Indian journal of veterinary science and animal husbandry - Volume 3,
Year: 1933
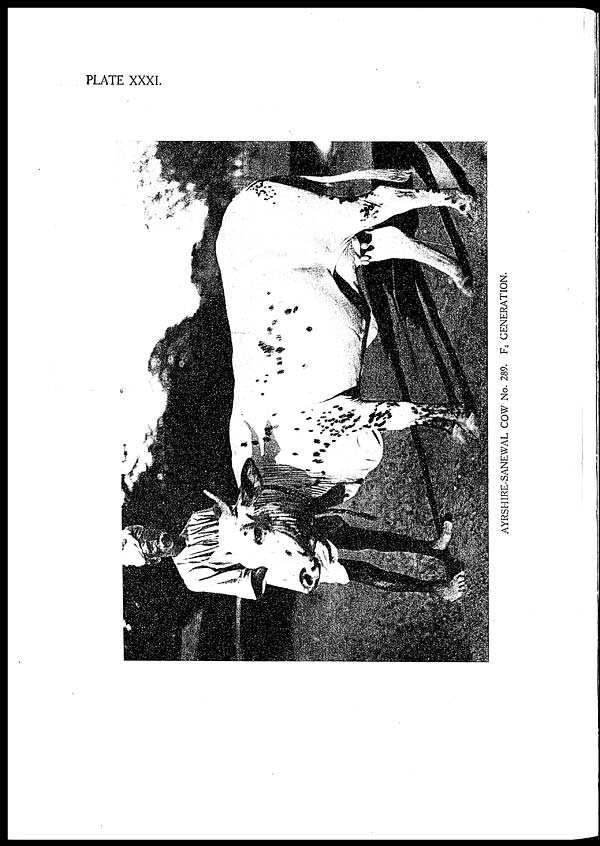
PLATE XXXI.
AYRSHIRE-SANEWAL COW No. 289. F
4 GENERATION.